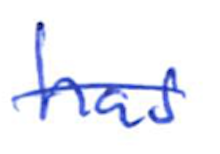
Text: has
Cross-out: single-line
Writing tool: ballpoint